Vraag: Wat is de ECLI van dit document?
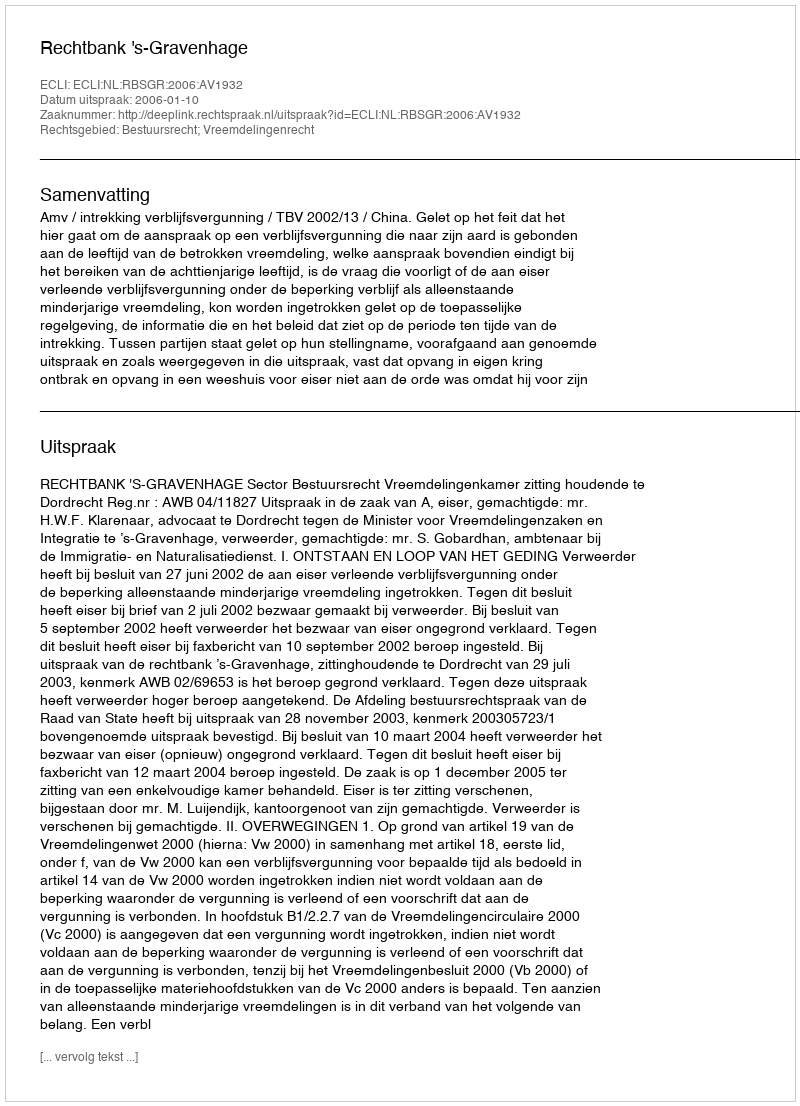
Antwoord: ECLI:NL:RBSGR:2006:AV1932